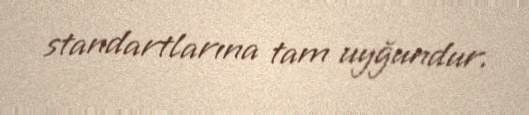
standartlarına tam uyğundur.